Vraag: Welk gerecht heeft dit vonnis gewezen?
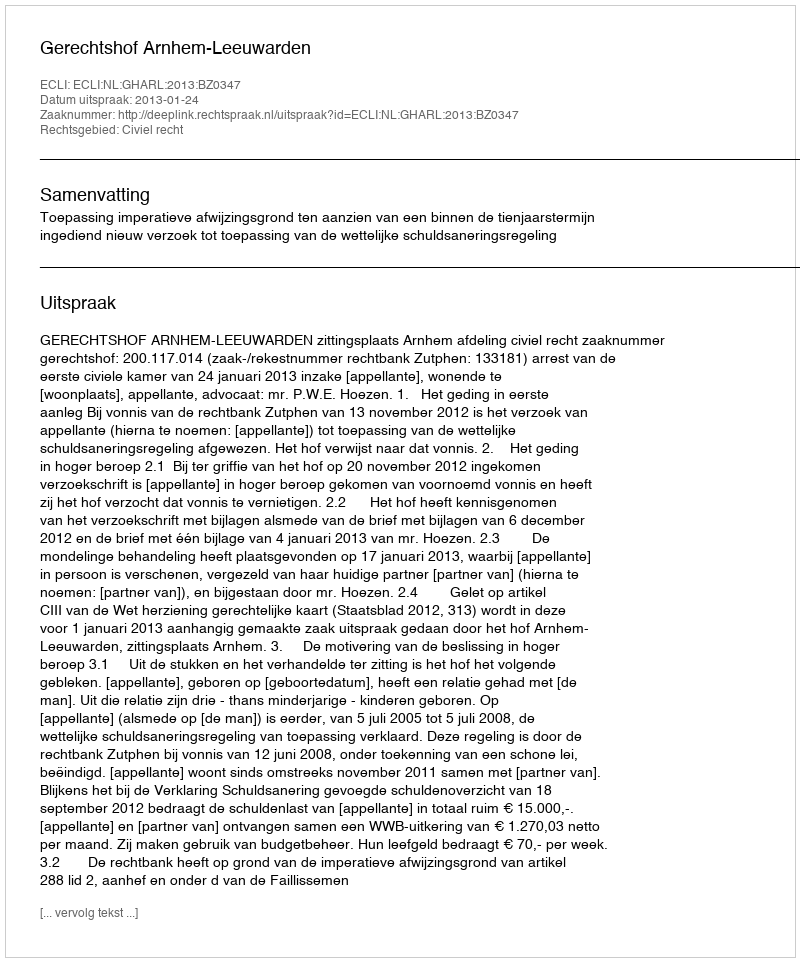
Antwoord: Gerechtshof Arnhem-Leeuwarden